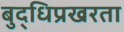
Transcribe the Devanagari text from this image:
बुद्धिप्रखरता